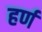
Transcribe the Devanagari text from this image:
हर्ण